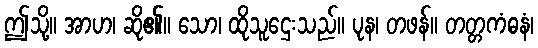
ဤသို့။ အာဟ၊ ဆို၏။ သော၊ ထိုသူဌေးသည်။ ပုန၊ တဖန်။ တတ္တကံဓနံ၊